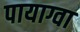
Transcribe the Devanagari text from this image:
पायाग्वा